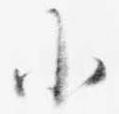
小